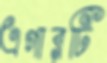
এগারটি